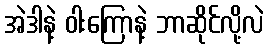
အဲဒါနဲ့ ဝါးကြောနဲ့ ဘာဆိုင်လို့လဲ